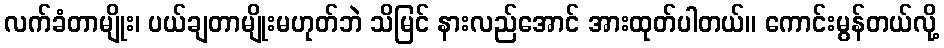
လက်ခံတာမျိုး၊ ပယ်ချတာမျိုးမဟုတ်ဘဲ သိမြင် နားလည်အောင် အားထုတ်ပါတယ်။ ကောင်းမွန်တယ်လို့